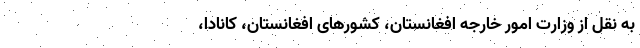
به نقل از وزارت امور خارجه افغانستان، کشورهای افغانستان، کانادا،